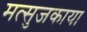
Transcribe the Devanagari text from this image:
मत्सुजकाया